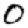
Digit: 0